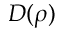
D ( \rho )